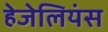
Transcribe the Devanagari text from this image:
हेजेलियंस